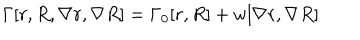
LaTeX: \Gamma [ r , R , \nabla r , \nabla R ] = \Gamma _ { 0 } [ r , R ] + w [ \nabla r , \nabla R ]